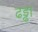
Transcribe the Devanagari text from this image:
ढड्ढा